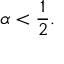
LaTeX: \alpha < { \frac { 1 } { 2 } } .